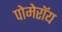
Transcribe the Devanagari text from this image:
पोमेरॉय